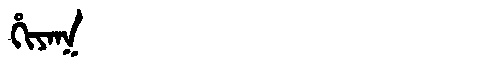
Manchu: ᡥᡳᠶᠠᡴ
Romanization: HIYAK